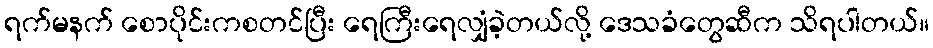
ရက်မနက် စောပိုင်းကစတင်ပြီး ရေကြီးရေလျှံခဲ့တယ်လို့ ဒေသခံတွေဆီက သိရပါတယ်။